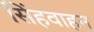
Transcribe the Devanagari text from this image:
सिंहवाहन